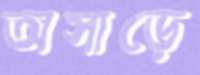
অসাড়ে